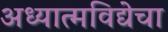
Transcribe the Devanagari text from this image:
अध्यात्मविद्येचा